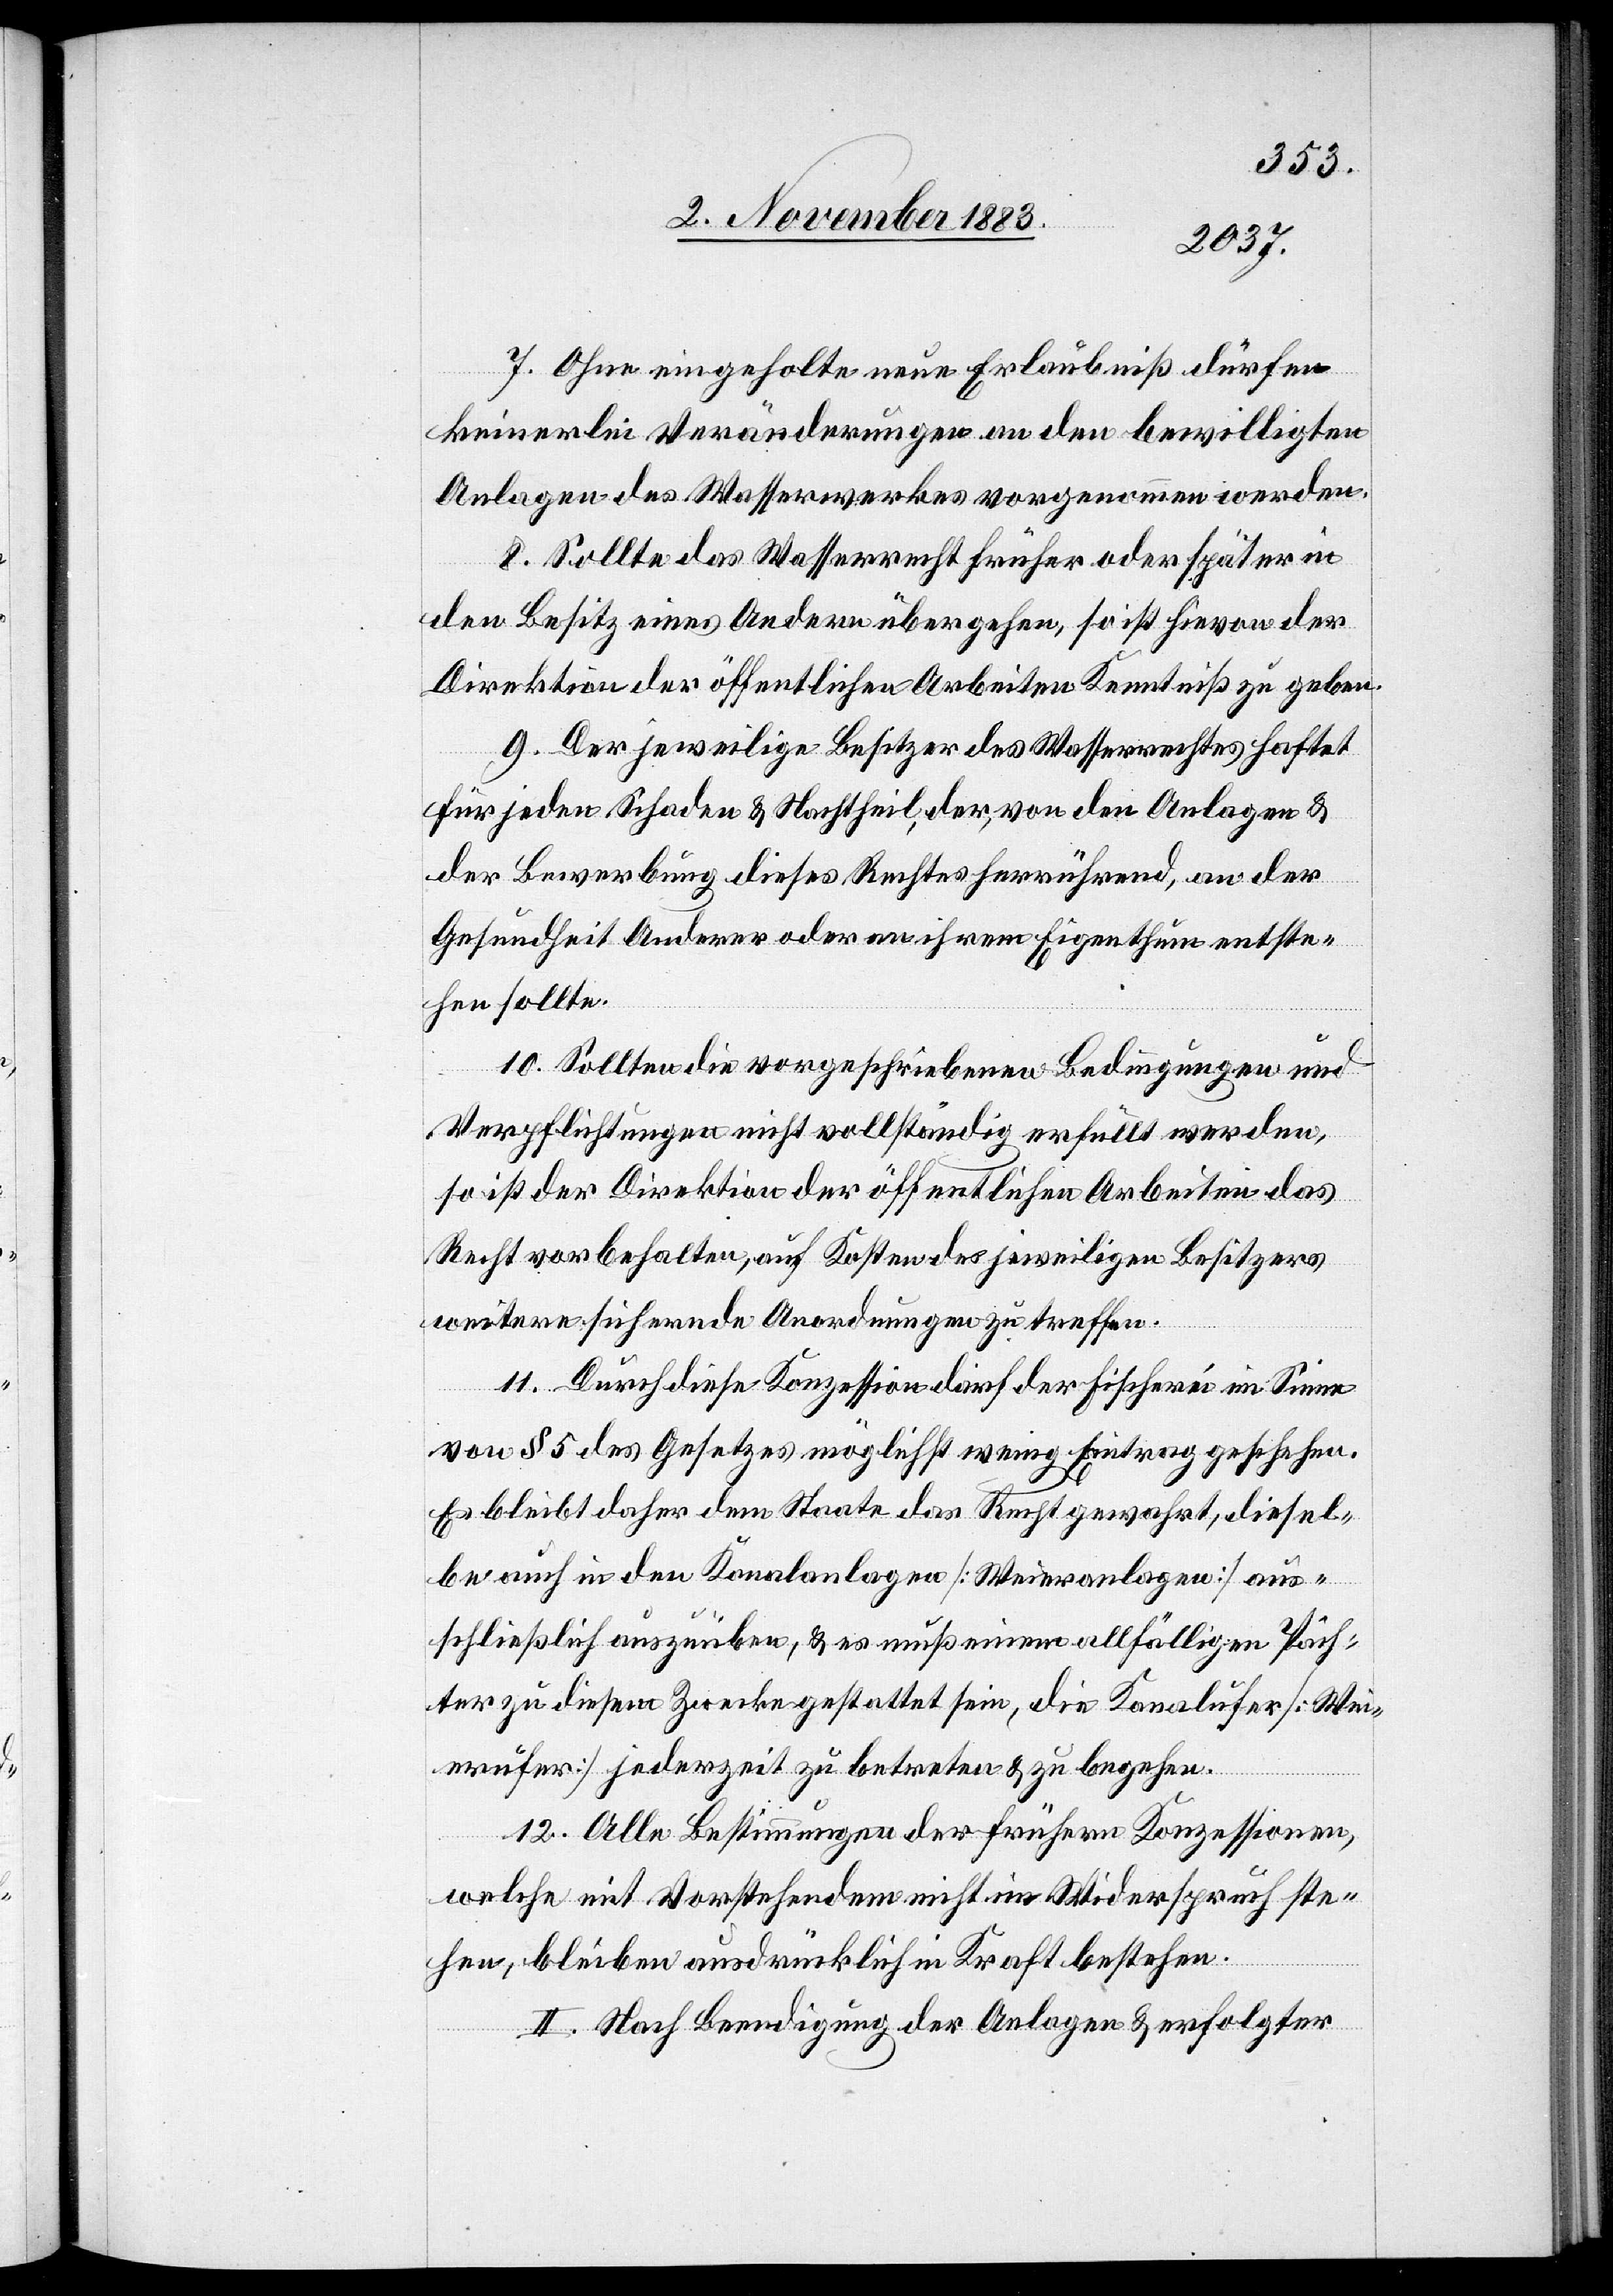
7. Ohne eingeholte neue Erlaubniß dürfen
keinerlei Veränderungen an den bewilligten
Anlagen des Wasserwerkes vorgenommen werden.
8. Sollte das Wasserrecht früher oder später in
den Besitz eines Andern übergehen, so ist hievon der
Direktion der öffentlichen Arbeiten Kenntniß zu geben.
9. Der jeweilige Besitzer des Wasserrechtes haftet
für jeden Schaden & Nachtheil, der, von den Anlagen &
der Bewerbung dieses Rechtes herrührend, an der
Gesundheit Anderer oder an ihrem Eigenthum entste¬
hen sollte.
10. Sollten die vorgeschriebenen Bedingungen und
Verpflichtungen nicht vollständig erfüllt werden,
so ist der Direktion der öffentlichen Arbeiten das
Recht vorbehalten auf Kosten des jeweiligen Besitzers
weitere sichernde Anordnungen zu treffen.
11. Durch diese Konzession darf der Fischerei im Sinne
von § 5 des Gesetzes möglichst wenig Eintrag geschehen.
Es bleibt daher dem Staate das Recht gewahrt, diesel¬
be auch in den Kanalanlagen [Weieranlagen] aus¬
schließlich auszuüben, & es muß einem allfälligen Päch¬
ter zu diesem Zwecke gestattet sein, die Kanalufer [Wei¬
erufer] jederzeit zu betreten & zu begehen.
12. Alle Bestimmungen der frühern Konzession,
welche mit Vorstehendem nicht im Widerspruch ste¬
hen, bleiben ausdrücklich in Kraft bestehen.
II. Nach Beerdigung der Anlagen & erfolgter